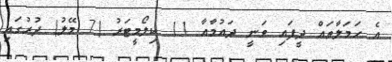
އެ ހަމަލާތައް ދީފައި ވަނީ ދައުމާއާ 11 ކިލޯމީޓަރު (7 މޭލު) ދުރުގައި